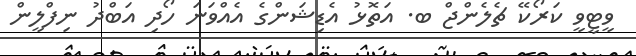
ވީޓީވީ ކަރޯކޭ ޗެލެންޖް ބ. އަތޮޅު އެޑިޝަންގެ އެއްވަނަ ހޯދި އަބްދު ނިފްލީން